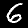
Label: 6